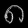
Digit: ၈